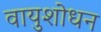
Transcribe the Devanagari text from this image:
वायुशोधन